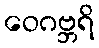
ဝေဂဗ္ဘရိ